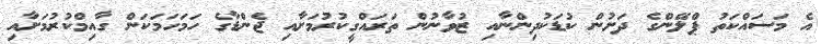
އެ މަސައްކަތު ޕްލޭންގެ ދަށުން ކުޑަކުދިންނާއި ޒުވާނުން ތަރައްގީކުރުމަށާއި ޖެންޑާގެ ހަމަހަމަކަން ގާއިމްކުރުމަށާއި